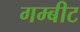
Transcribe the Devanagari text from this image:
गम्बीट